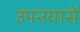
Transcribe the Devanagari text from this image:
उपनयासें